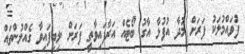
ފުވައްމުލަކު ފަރަށް މުދާ އުފުލާ އާގު ބޯޓެއް އަރާފައިވާތީ ފަރަށް ލިބިފައިވާ ގެއްލުންތައް